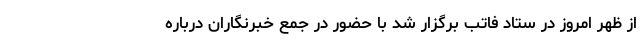
از ظهر امروز در ستاد فاتب برگزار شد با حضور در جمع خبرنگاران درباره